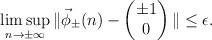
LaTeX: \begin{align*} \limsup_{n\to\pm\infty}\|\vec{\phi}_{\pm}(n)-\begin{pmatrix} \pm 1\\0 \end{pmatrix}\|\leq \epsilon. \end{align*}